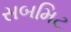
સબમિટ